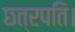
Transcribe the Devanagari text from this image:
छत्रपति।